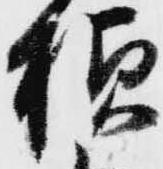
様